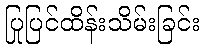
ပြုပြင်ထိန်းသိမ်းခြင်း